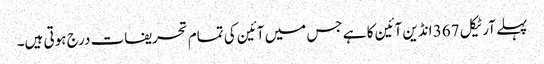
پہلے آرٹیکل 367 انڈین آئین کا ہے جس میں آئین کی تمام تحریفات درج ہوتی ہیں۔